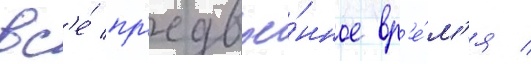
вс'е́ пр'едвое́нное вр'е́м'я /